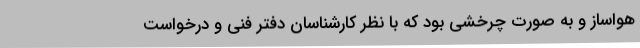
هواساز و به صورت چرخشی بود که با نظر کارشناسان دفتر فنی و درخواست